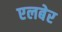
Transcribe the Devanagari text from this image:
एलबेर